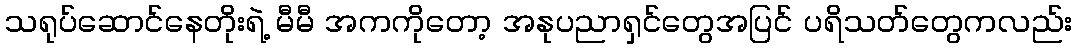
သရုပ်ဆောင်နေတိုးရဲ့ မီမီ အကကိုတော့ အနုပညာရှင်တွေအပြင် ပရိသတ်တွေကလည်း